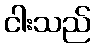
ငါးသည်